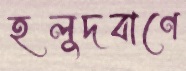
হলুদবাণে